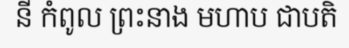
នី កំពូល ព្រះនាង មហាប ជាបតិ